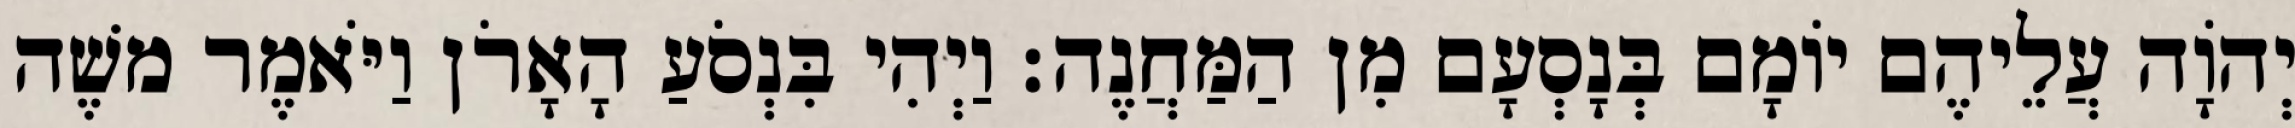
יְהוָֹה עֲלֵיהֶם יוֹמָם בְּנָסְעָם מִן הַמַּחֲנֶה׃ וַיְהִי בִּנְסֹעַ הָאָרֹן וַיֹּאמֶר משֶׁה